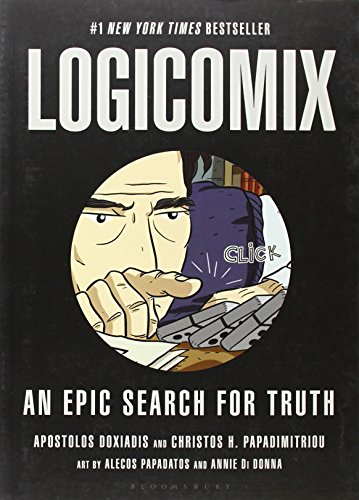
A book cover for Logicomix: An epic search for truth; Apostolos Doxiadis; Comics & Graphic Novels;